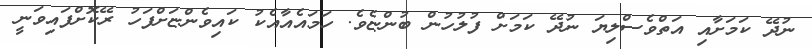
ނުދޭ ކަމަށާއި އަތްވެސްލިޔަ ނުދޭ ކަމަށް ފުލުހުން ބުންޏެވެ. ހަމައެއާއެކު ކައިވެންޏަށްފަހު ރޭކޮށްފައިވަނީ